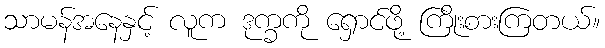
သာမန်အနေနှင့် လူက ဒုက္ခကို ရှောင်ဖို့ ကြိုးစားကြတယ်။